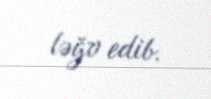
ləğv edib.